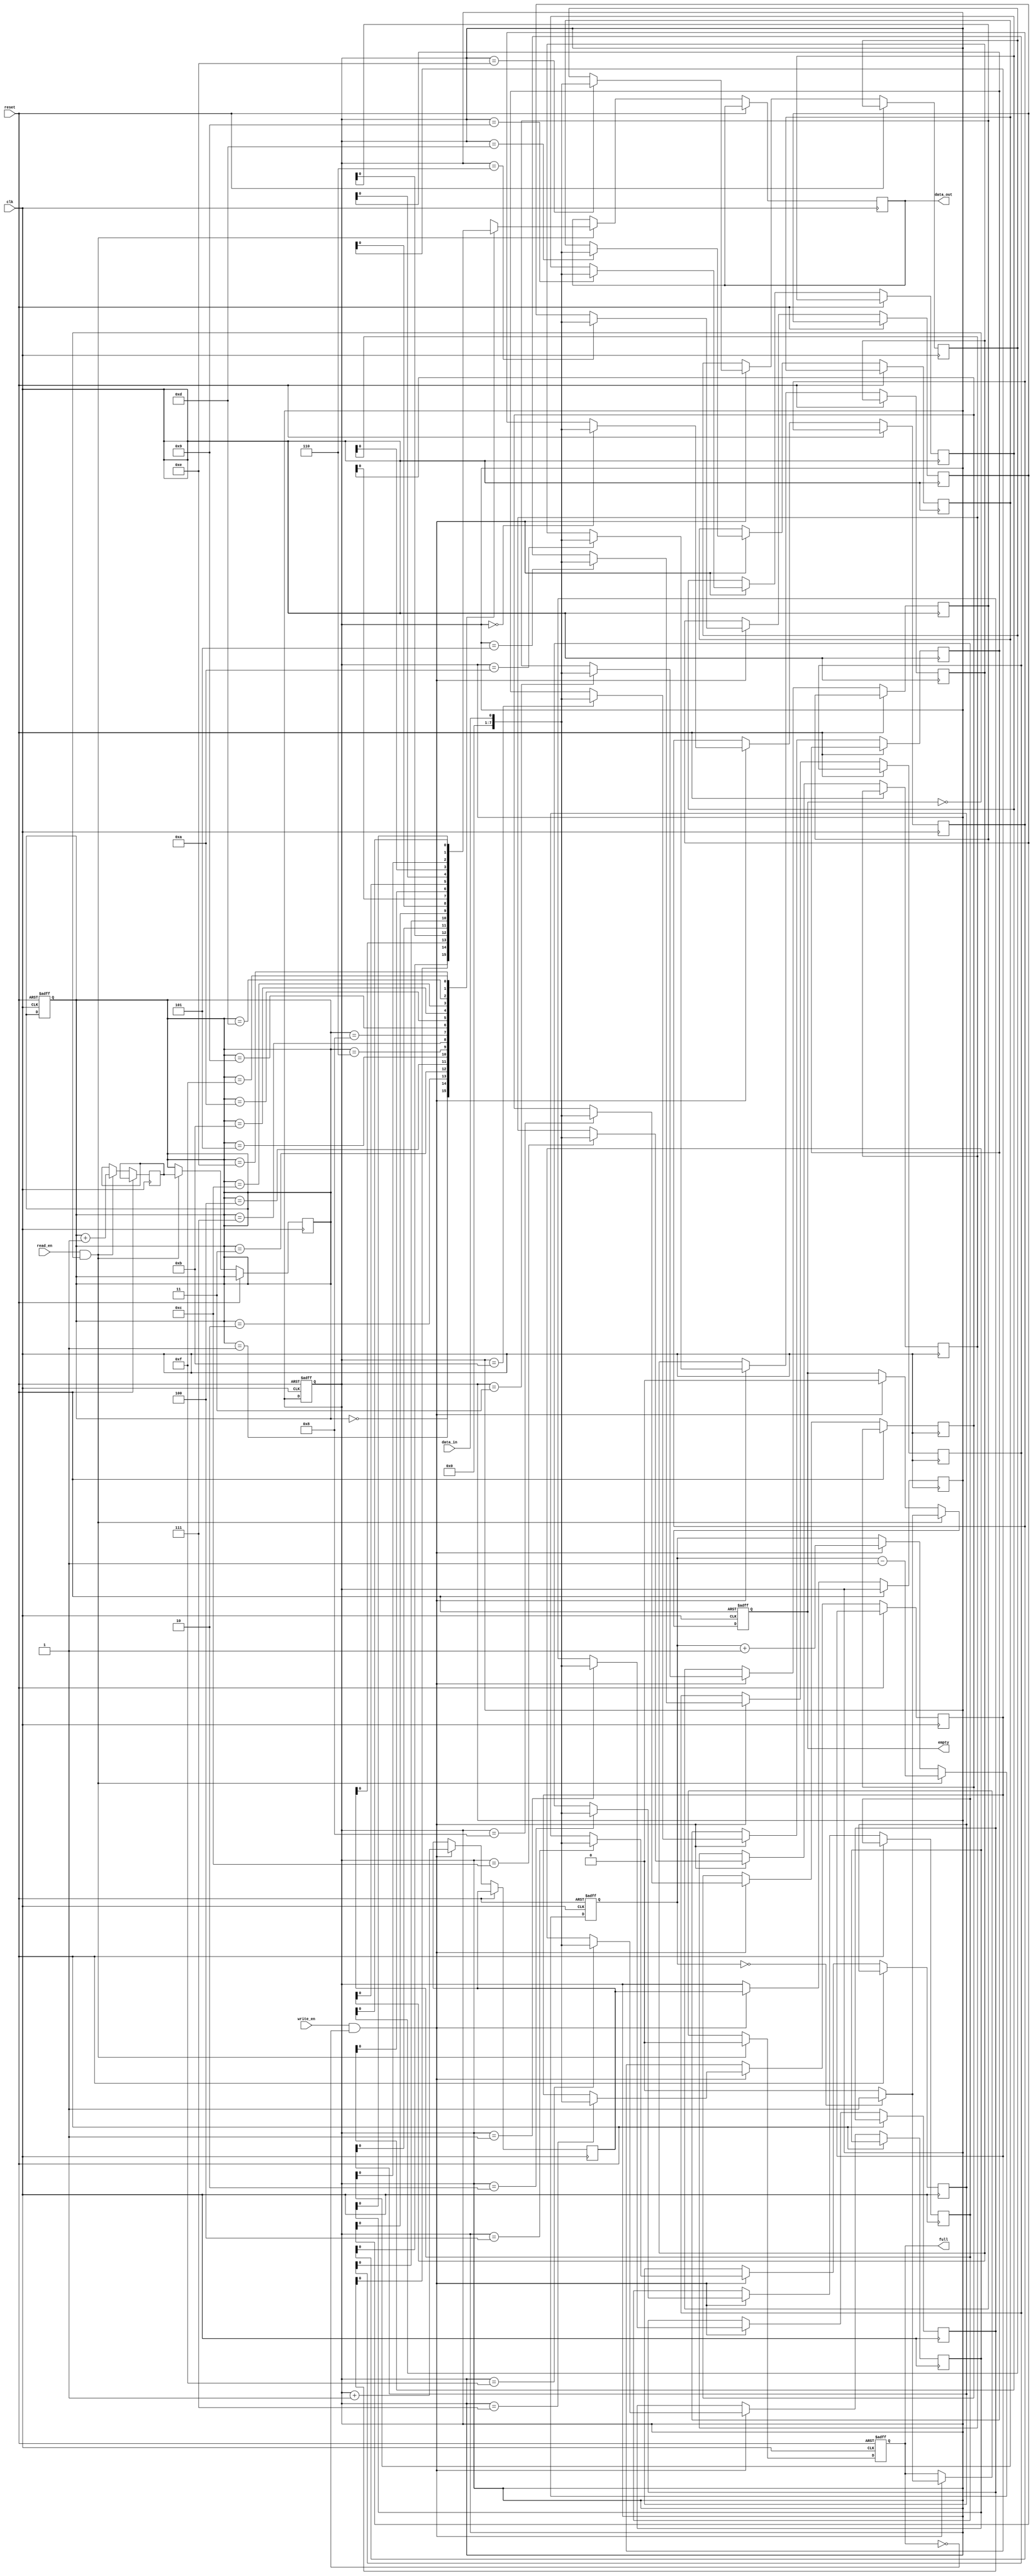
module level_sensitive_fifo(
    input wire clk,
    input wire reset,
    input wire write_en,
    input wire read_en,
    input wire data_in,
    output reg data_out,
    output reg full,
    output reg empty
);

reg [7:0] fifo [0:15]; // 8-bit data width, 16 depth FIFO buffer
reg [3:0] write_ptr, read_ptr; // Pointer for read and write operations
reg [3:0] next_write_ptr, next_read_ptr; // Next write and read pointers
reg [3:0] count; // Count of elements in FIFO buffer

// Timing control logic
always @(posedge clk or posedge reset) begin
    if (reset) begin
        write_ptr <= 4'd0;
        read_ptr <= 4'd0;
        count <= 4'd0;
    end else begin
        if (write_en && !full) begin
            fifo[write_ptr] <= data_in;
            next_write_ptr <= write_ptr + 1;
            count <= count + 1;
        end
        if (read_en && !empty) begin
            data_out <= fifo[read_ptr];
            next_read_ptr <= read_ptr + 1;
            count <= count - 1;
        end
    end
end

// Synchronization logic
always @(posedge clk or posedge reset) begin
    if (reset) begin
        full <= 1'b0;
        empty <= 1'b1;
    end else begin
        if (write_en && !full) begin
            write_ptr <= next_write_ptr;
            full <= (count == 4'd16) ? 1'b1 : 1'b0;
            empty <= 1'b0;
        end
        if (read_en && !empty) begin
            read_ptr <= next_read_ptr;
            empty <= (count == 4'd0) ? 1'b1 : 1'b0;
            full <= 1'b0;
        end
    end
end

endmodule